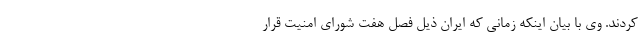
کردند. وی با بیان اینکه زمانی که ایران ذیل فصل هفت شورای امنیت قرار